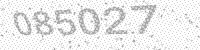
Solution: 085027